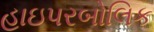
હાઇપરબોલિક